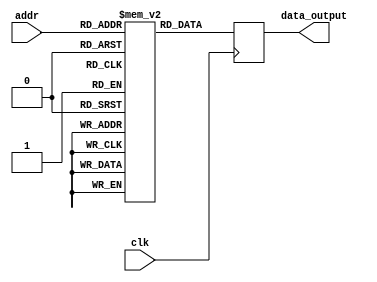
module otp_rom #(
    parameter ADDR_WIDTH = 8,    // Address width of ROM
    parameter DATA_WIDTH = 8     // Data width of ROM
)(
    input wire clk,              // Clock signal
    input wire [ADDR_WIDTH-1:0] addr, // Address input
    output reg [DATA_WIDTH-1:0] data_output // Data output
);

// Define the contents of the OTP ROM
reg [DATA_WIDTH-1:0] rom [2**ADDR_WIDTH-1:0];

initial begin
    // Initialize the OTP ROM with fixed data at specific memory locations
    rom[0] = 8'hFF;    // Data at address 0
    rom[1] = 8'hA5;    // Data at address 1
    // Add more data initialization as needed
end

always @ (posedge clk) begin
    // Read data from OTP ROM based on input address
    data_output <= rom[addr];
end

endmodule